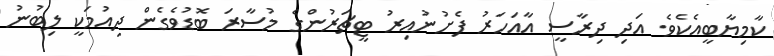
ކާމިޔާބީއެކެވެ. އަދި ދިރާސީ އާއަހަރު ފެށުނުއިރު ޓީޗަރުންގެ މުސާރަ ބޮޑުވެގެން ދިއުމަކީ ލިބުނު